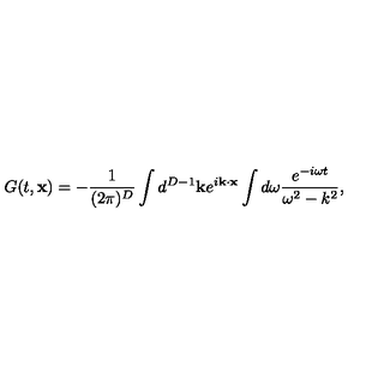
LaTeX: G ( t , { \bf x } ) = - \frac { 1 } { ( 2 \pi ) ^ { D } } \int d ^ { D - 1 } { \bf k } e ^ { i { \bf k } \cdot { \bf x } } \int d \omega \frac { e ^ { - i \omega t } } { \omega ^ { 2 } - k ^ { 2 } } ,